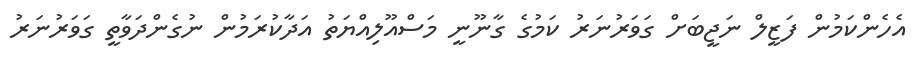
އެހެންކަމުން ފަޒީލް ނަޖީބަށް ގަވަރުނަރު ކަމުގެ ގާނޫނީ މަސްއޫލިއްޔަތު އަދާކުރަމުން ނުގެންދަވާތީ ގަވަރުނަރު